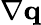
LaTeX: \nabla\mathbf q